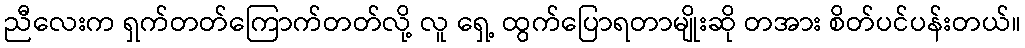
ညီလေးက ရှက်တတ်ကြောက်တတ်လို့ လူ ရှေ့ ထွက်ပြောရတာမျိုးဆို တအား စိတ်ပင်ပန်းတယ်။